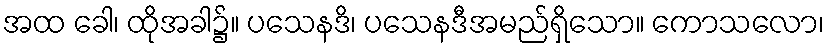
အထ ခေါ၊ ထိုအခါ၌။ ပသေနဒိ၊ ပသေနဒီအမည်ရှိသော။ ကောသလော၊